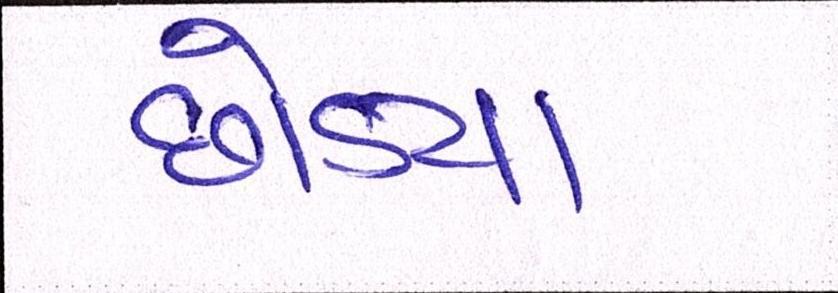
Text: છોડયા